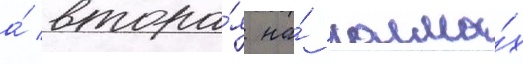
а́ втора́я на́ холма́х